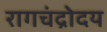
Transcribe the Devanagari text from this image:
रागचंद्रोदय